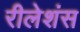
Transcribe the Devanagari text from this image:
रीलेशंस